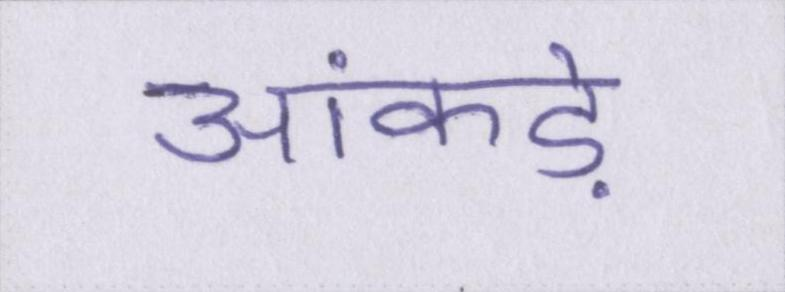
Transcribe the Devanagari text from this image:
आंकड़े